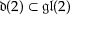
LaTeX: { \mathfrak { d } } ( 2 ) \subset { \mathfrak { g l } } ( 2 )